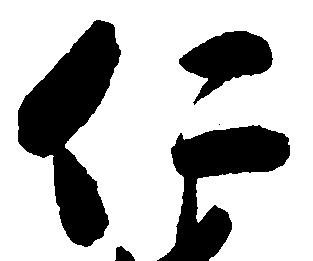
仁